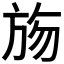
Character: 𣃦